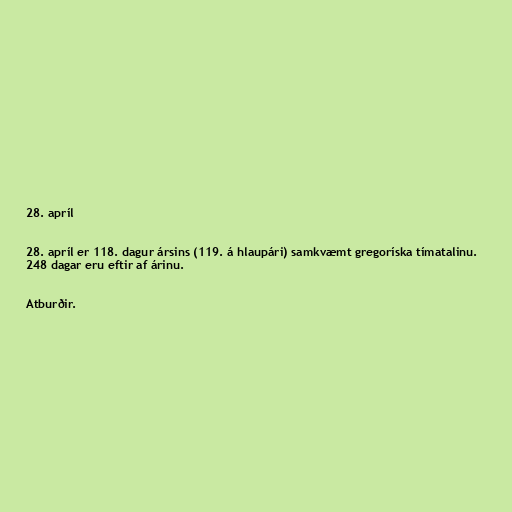
28. apríl

28. apríl er 118. dagur ársins (119. á hlaupári) samkvæmt gregoríska tímatalinu.
248 dagar eru eftir af árinu.

Atburðir.